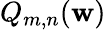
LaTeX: Q_{m,n}(\mathbf{w})